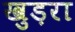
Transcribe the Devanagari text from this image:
खुड़रा